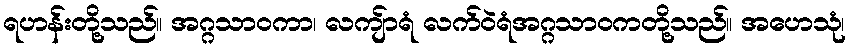
ရဟန်းတို့သည်။ အဂ္ဂသာဝကာ၊ လကျ်ာရံ လက်ဝဲရံအဂ္ဂသာဝကတို့သည်။ အဟေသုံ၊